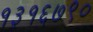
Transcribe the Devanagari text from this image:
१३१६७९०